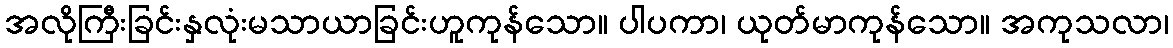
အလိုကြီးခြင်းနှလုံးမသာယာခြင်းဟူကုန်သော။ ပါပကာ၊ ယုတ်မာကုန်သော။ အကုသလာ၊